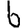
Digit: 6